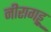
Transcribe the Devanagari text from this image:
नीरागड्डू